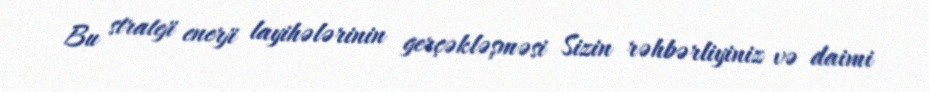
Bu strateji enerji layihələrinin gerçəkləşməsi Sizin rəhbərliyiniz və daimi